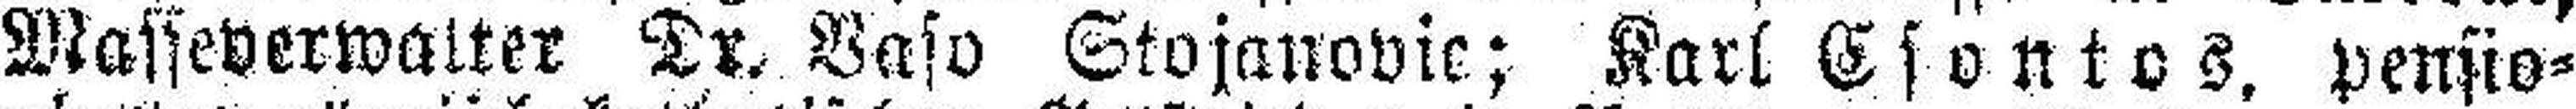
Masseverwalter Dr. Vaso Stojanovic; Karl Esontos, pensio¬